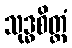
သုဒ္ဓစိတ္တံ